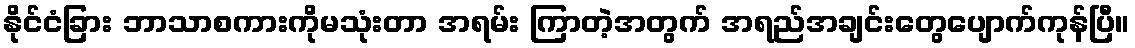
နိုင်ငံခြား ဘာသာစကားကိုမသုံးတာ အရမ်း ကြာတဲ့အတွက် အရည်အချင်းတွေပျောက်ကုန်ပြီ။